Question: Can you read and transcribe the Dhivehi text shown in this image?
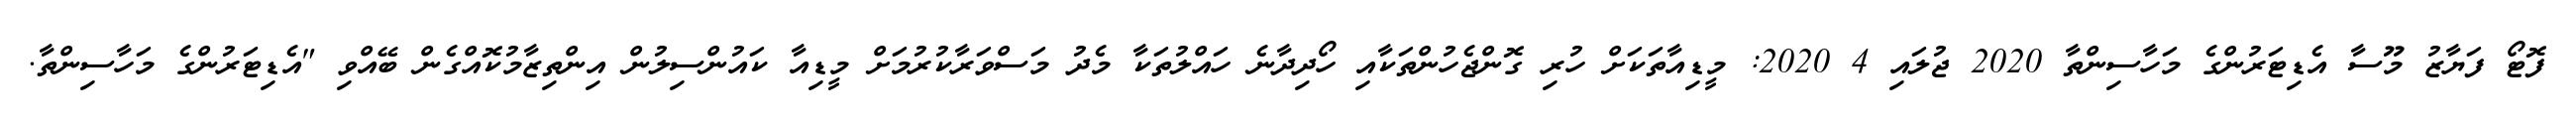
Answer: ފޮޓޯ ފަޔާޒު މޫސާ އެޑިޓަރުންގެ މަހާސިންތާ 2020 ޖުލައި 4 2020: މީޑިއާތަކަށް ހުރި ގޮންޖެހުންތަކާއި ހޯދިދާނެ ހައްލުތަކާ މެދު މަސްވަރާކުރުމަށް މީޑިއާ ކައުންސިލުން އިންތިޒާމުކޮއްގެން ބޭއްވި "އެޑިޓަރުންގެ މަހާސިންތާ.